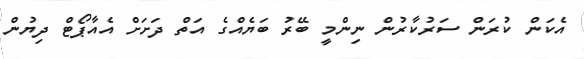
އެކަން ކުރަން ސަރުކާރުން ނިންމީ ބޭރު ބަޔެއްގެ އަތް ދަށަށް އެއާޕޯޓް ދިޔުން